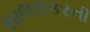
સાલસકરની